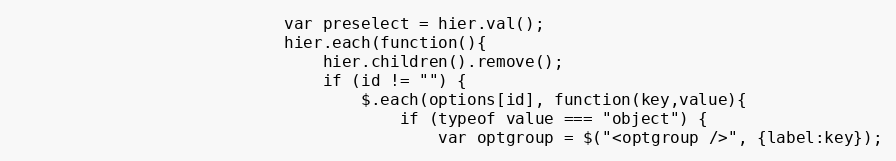
Language: PHP
                            var preselect = hier.val();
                            hier.each(function(){
                                hier.children().remove();
                                if (id != "") {
                                    $.each(options[id], function(key,value){
                                        if (typeof value === "object") {
                                            var optgroup = $("<optgroup />", {label:key});